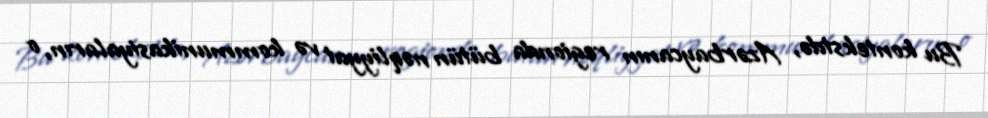
Bu kontekstdə, Azərbaycanın regionda bütün nəqliyyat və kommunikasiyaların, o